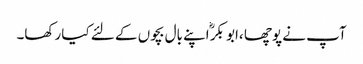
آپ نے پوچھا ،ابو بکرؓ اپنے بال بچوں کے لئے کیا رکھا۔